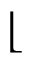
\lfloor